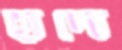
হাদো